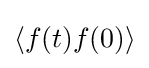
\langle f(t)f(0)\rangle